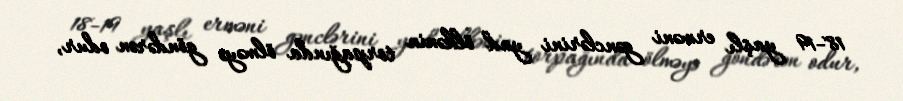
18-19 yaşlı erməni gənclərini yad ölkənin torpağında ölməyə göndərən odur,